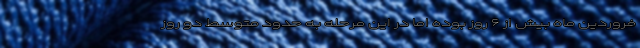
فروردین ماه بیش از ۶ روز بوده اما در این مرحله به حدود متوسط دو روز